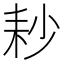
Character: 耖